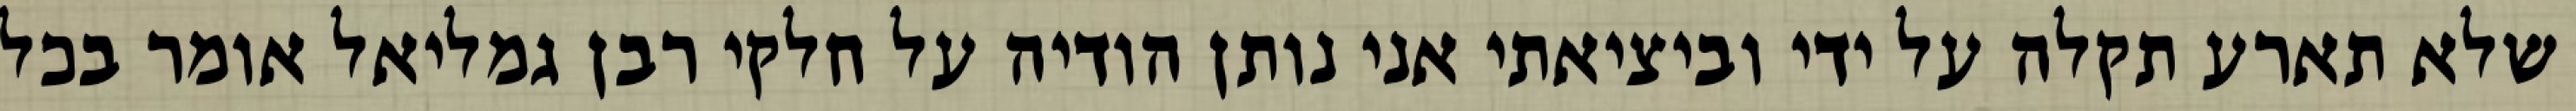
שלא תארע תקלה על ידי וביציאתי אני נותן הודיה על חלקי רבן גמליאל אומר בכל